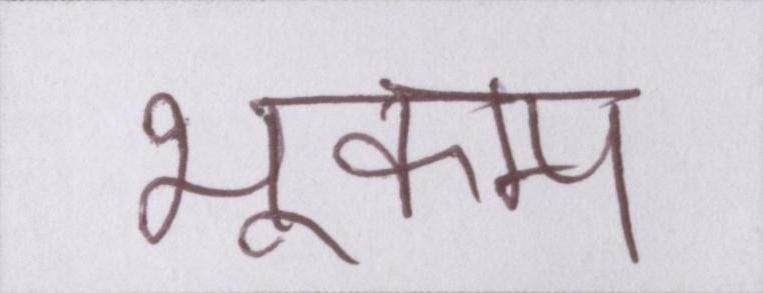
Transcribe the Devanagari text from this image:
भूकम्प